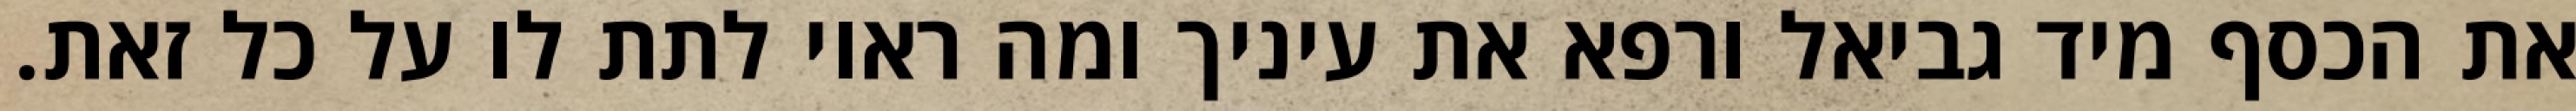
את הכסף מיד גביאל ורפא את עיניך ומה ראוי לתת לו על כל זאת.